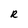
Character: R